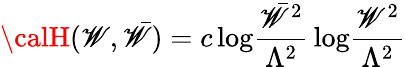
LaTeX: {\calH}(\mathscr{W},\bar{{\mathscr{W}}})=c\, \mathrm{{log}}\frac{{\bar{{\mathscr{W}}}^{2}}}{{\Lambda^{2}}}\, \mathrm{{log}}\frac{{\mathscr{W}^{2}}}{{\Lambda^{2}}}